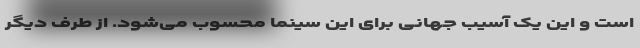
است و این یک آسیب جهانی برای این سینما محسوب می‌شود. از طرف دیگر